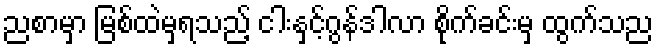
ညစာမှာ မြစ်ထဲမှရသည့် ငါးနှင့်ဂွန်ဒါလာ စိုက်ခင်းမှ ထွက်သည